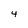
Character: 4